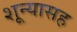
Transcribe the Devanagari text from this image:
शून्यासह